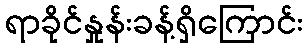
ရာခိုင်နှုန်းခန့်ရှိကြောင်း